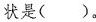
状是( )。